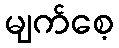
မျက်စေ့